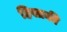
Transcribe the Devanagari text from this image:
हिसाकी